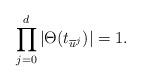
LaTeX: \begin{align*}\prod_{j=0}^d|\Theta(t_{\overline{u}^j})|=1.\end{align*}